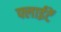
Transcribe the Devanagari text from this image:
फ्लाईटें